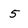
Character: 5